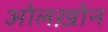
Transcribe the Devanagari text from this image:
ओलख़ोन